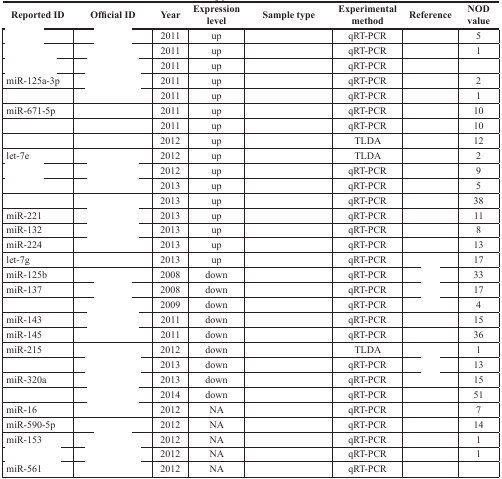
<table><thead><tr><td><b>Reported ID</b></td><td><b>Official ID</b></td><td><b>Year</b></td><td><b>Expression level</b></td><td><b>Sample type</b></td><td><b>Experimental method</b></td><td><b>Reference</b></td><td><b>NOD value</b></td></tr></thead><tbody><tr><td>[EMPTY_CELL]</td><td>[EMPTY_CELL]</td><td>2011</td><td>up</td><td>[EMPTY_CELL]</td><td>qRT-PCR</td><td>[EMPTY_CELL]</td><td>5</td></tr><tr><td>[EMPTY_CELL]</td><td>[EMPTY_CELL]</td><td>2011</td><td>up</td><td>[EMPTY_CELL]</td><td>qRT-PCR</td><td>[EMPTY_CELL]</td><td>1</td></tr><tr><td>[EMPTY_CELL]</td><td>[EMPTY_CELL]</td><td>2011</td><td>up</td><td>[EMPTY_CELL]</td><td>qRT-PCR</td><td>[EMPTY_CELL]</td><td>[EMPTY_CELL]</td></tr><tr><td>miR-125a-3p</td><td>[EMPTY_CELL]</td><td>2011</td><td>up</td><td>[EMPTY_CELL]</td><td>qRT-PCR</td><td>[EMPTY_CELL]</td><td>2</td></tr><tr><td>[EMPTY_CELL]</td><td>[EMPTY_CELL]</td><td>2011</td><td>up</td><td>[EMPTY_CELL]</td><td>qRT-PCR</td><td>[EMPTY_CELL]</td><td>1</td></tr><tr><td>miR-671-5p</td><td>[EMPTY_CELL]</td><td>2011</td><td>up</td><td>[EMPTY_CELL]</td><td>qRT-PCR</td><td>[EMPTY_CELL]</td><td>10</td></tr><tr><td>[EMPTY_CELL]</td><td>[EMPTY_CELL]</td><td>2011</td><td>up</td><td>[EMPTY_CELL]</td><td>qRT-PCR</td><td>[EMPTY_CELL]</td><td>10</td></tr><tr><td>[EMPTY_CELL]</td><td>[EMPTY_CELL]</td><td>2012</td><td>up</td><td>[EMPTY_CELL]</td><td>TLDA</td><td>[EMPTY_CELL]</td><td>12</td></tr><tr><td>let-7e</td><td>[EMPTY_CELL]</td><td>2012</td><td>up</td><td>[EMPTY_CELL]</td><td>TLDA</td><td>[EMPTY_CELL]</td><td>2</td></tr><tr><td>[EMPTY_CELL]</td><td>[EMPTY_CELL]</td><td>2012</td><td>up</td><td>[EMPTY_CELL]</td><td>qRT-PCR</td><td>[EMPTY_CELL]</td><td>9</td></tr><tr><td>[EMPTY_CELL]</td><td>[EMPTY_CELL]</td><td>2013</td><td>up</td><td>[EMPTY_CELL]</td><td>qRT-PCR</td><td>[EMPTY_CELL]</td><td>5</td></tr><tr><td>[EMPTY_CELL]</td><td>[EMPTY_CELL]</td><td>2013</td><td>up</td><td>[EMPTY_CELL]</td><td>qRT-PCR</td><td>[EMPTY_CELL]</td><td>38</td></tr><tr><td>miR-221</td><td>[EMPTY_CELL]</td><td>2013</td><td>up</td><td>[EMPTY_CELL]</td><td>qRT-PCR</td><td>[EMPTY_CELL]</td><td>11</td></tr><tr><td>miR-132</td><td>[EMPTY_CELL]</td><td>2013</td><td>up</td><td>[EMPTY_CELL]</td><td>qRT-PCR</td><td>[EMPTY_CELL]</td><td>8</td></tr><tr><td>miR-224</td><td>[EMPTY_CELL]</td><td>2013</td><td>up</td><td>[EMPTY_CELL]</td><td>qRT-PCR</td><td>[EMPTY_CELL]</td><td>13</td></tr><tr><td>let-7g</td><td>[EMPTY_CELL]</td><td>2013</td><td>up</td><td>[EMPTY_CELL]</td><td>qRT-PCR</td><td>[EMPTY_CELL]</td><td>17</td></tr><tr><td>miR-125b</td><td>[EMPTY_CELL]</td><td>2008</td><td>down</td><td>[EMPTY_CELL]</td><td>qRT-PCR</td><td>[EMPTY_CELL]</td><td>33</td></tr><tr><td>miR-137</td><td>[EMPTY_CELL]</td><td>2008</td><td>down</td><td>[EMPTY_CELL]</td><td>qRT-PCR</td><td>[EMPTY_CELL]</td><td>17</td></tr><tr><td>[EMPTY_CELL]</td><td>[EMPTY_CELL]</td><td>2009</td><td>down</td><td>[EMPTY_CELL]</td><td>qRT-PCR</td><td>[EMPTY_CELL]</td><td>4</td></tr><tr><td>miR-143</td><td>[EMPTY_CELL]</td><td>2011</td><td>down</td><td>[EMPTY_CELL]</td><td>qRT-PCR</td><td>[EMPTY_CELL]</td><td>15</td></tr><tr><td>miR-145</td><td>[EMPTY_CELL]</td><td>2011</td><td>down</td><td>[EMPTY_CELL]</td><td>qRT-PCR</td><td>[EMPTY_CELL]</td><td>36</td></tr><tr><td>miR-215</td><td>[EMPTY_CELL]</td><td>2012</td><td>down</td><td>[EMPTY_CELL]</td><td>TLDA</td><td>[EMPTY_CELL]</td><td>1</td></tr><tr><td>[EMPTY_CELL]</td><td>[EMPTY_CELL]</td><td>2013</td><td>down</td><td>[EMPTY_CELL]</td><td>qRT-PCR</td><td>[EMPTY_CELL]</td><td>13</td></tr><tr><td>miR-320a</td><td>[EMPTY_CELL]</td><td>2013</td><td>down</td><td>[EMPTY_CELL]</td><td>qRT-PCR</td><td>[EMPTY_CELL]</td><td>15</td></tr><tr><td>[EMPTY_CELL]</td><td>[EMPTY_CELL]</td><td>2014</td><td>down</td><td>[EMPTY_CELL]</td><td>qRT-PCR</td><td>[EMPTY_CELL]</td><td>51</td></tr><tr><td>miR-16</td><td>[EMPTY_CELL]</td><td>2012</td><td>NA</td><td>[EMPTY_CELL]</td><td>qRT-PCR</td><td>[EMPTY_CELL]</td><td>7</td></tr><tr><td>miR-590-5p</td><td>[EMPTY_CELL]</td><td>2012</td><td>NA</td><td>[EMPTY_CELL]</td><td>qRT-PCR</td><td>[EMPTY_CELL]</td><td>14</td></tr><tr><td>miR-153</td><td>[EMPTY_CELL]</td><td>2012</td><td>NA</td><td>[EMPTY_CELL]</td><td>qRT-PCR</td><td>[EMPTY_CELL]</td><td>1</td></tr><tr><td>[EMPTY_CELL]</td><td>[EMPTY_CELL]</td><td>2012</td><td>NA</td><td>[EMPTY_CELL]</td><td>qRT-PCR</td><td>[EMPTY_CELL]</td><td>1</td></tr><tr><td>miR-561</td><td>[EMPTY_CELL]</td><td>2012</td><td>NA</td><td>[EMPTY_CELL]</td><td>qRT-PCR</td><td>[EMPTY_CELL]</td><td>[EMPTY_CELL]</td></tr></tbody></table>